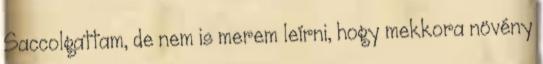
Saccolgattam, de nem is merem leírni, hogy mekkora növény